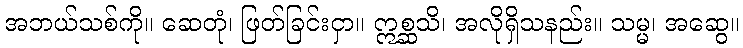
အဘယ်သစ်ကို။ ဆေတုံ၊ ဖြတ်ခြင်းငှာ။ ဣစ္ဆသိ၊ အလိုရှိသနည်း။ သမ္မ၊ အဆွေ။